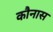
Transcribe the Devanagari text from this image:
कौनास